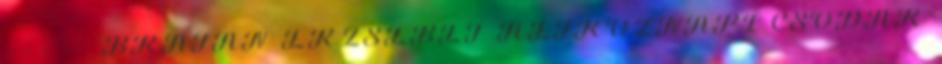
- - - - - BRÁTÁN ERZSÉBET HÉTKÖZNAPI CSODÁK